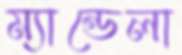
ম্যান্ডেলা